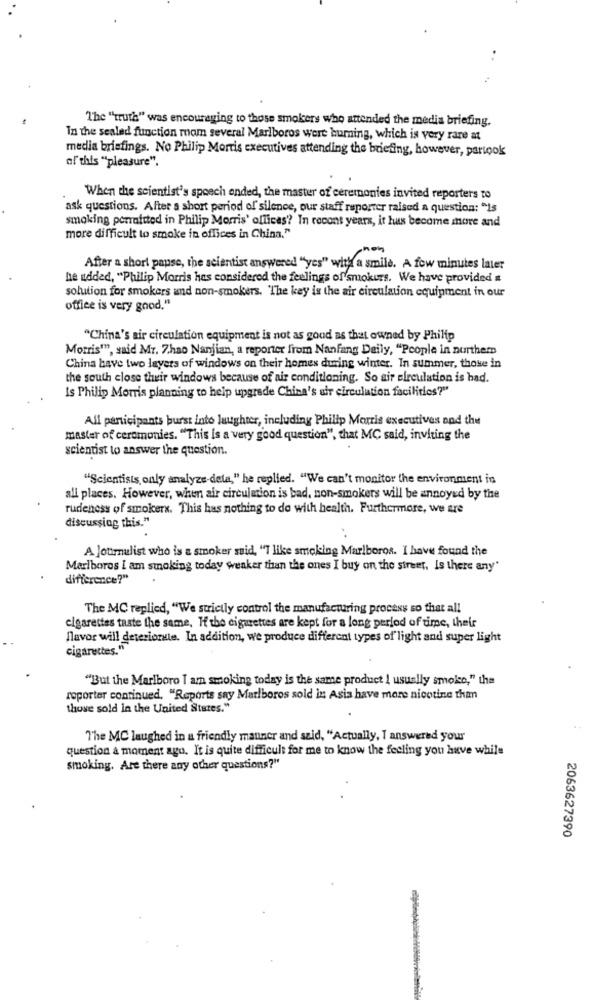
The "truth" was encouraging to those smokers who attended the media briefing.
In the sealed function mom several Marlboros were humning, which is very rare at
media briefings. No Philip Morris executives attending the briefing, however, partook
of this "pleasure".
When the scientist's speech ended, the master of ceremonies invited reporters to
ask questions. After a short period of silence, our staff reporter raised a question: "Is
smoking porraittod in Philip Morris' offices'? In recent years, it has become more and
more difficult to smoke in offices in China."
After a short pause, the scientist answered "yes" with a smile. A few minutes later
he added, "Philip Morris has considered the feelings of smokurs. We have provided #
solution for smokers and non-smokers. The key is the air circulation equipment in our
office is very good."
"China's air circulation equipment is not as good as that owned by Philip
Morris'", said Mr. Z.hao Nanjian, a reporter from Nanfang Daily, "People in nurthem
China have two layers of windows on their homes during winter. In summer, those in
the south close their windows because of air conditioning. So air circulation is had.
Is Philip Morris planning to help upgrade China's air circulation facilities?"
All participants burst into laughter, including Philip Morris executives and the
master of ceremonies. "This is a very good question", that MC said, inviting the
scientist to answer the question.
"Scientists only analyze-dela," he replied. "We can't monitor the environment in
all places. However, when air circulation is bad, non-smokers will be annoyed by the
rudeness of smokerx. This has nothing to do with health. Furthermore, we are
discussing this."
A Journulist who is a smoker said, "T like smoking Marlboros. I have found the
Marlboros I am smoking today weaker than the ones I buy on the street, Is there any'
difference?"
The MC replied, "We strictly control the manufacturing process so that all
cigarettes taste the same, H the cigarettes are kept for a long period of time, their
flavor will deteriorate. In addition, we produce different types of light and super light
cigarettes."
"But the Marlboro I am smoking today is the same product I usually smoke," the
reporter continued, "Reports say Marlboros sold in Asia have more nicotine than
those sold in the United States."
The MC laughed in a friendly manner and szid, "Actually, I answered your
question a moment ago. It is quite difficult for me to know the feeling you have while
smoking. Are there any other questions?"
2063627390